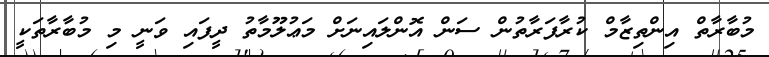
މުބާރާތް އިންތިޒާމް ކުރާފަރާތުން ސަން އޮންލައިނަށް މަޢުލޫމާތު ދީފައި ވަނީ މި މުބާރާތަކީ